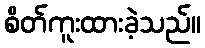
စိတ်ကူးထားခဲ့သည်။